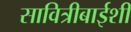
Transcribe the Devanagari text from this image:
सावित्रीबाईशी